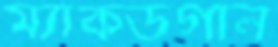
ম্যাকডগাল